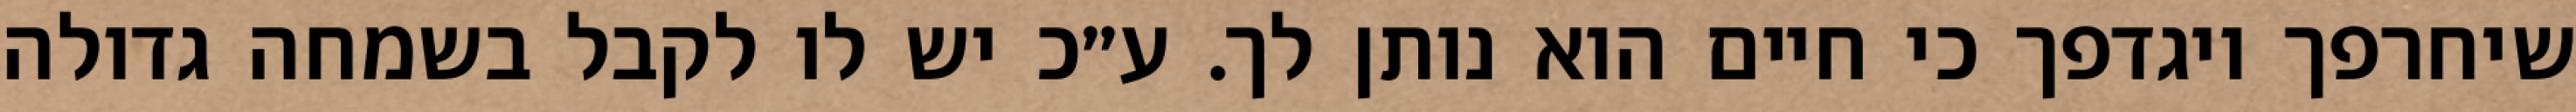
שיחרפך ויגדפך כי חיים הוא נותן לך. ע״כ יש לו לקבל בשמחה גדולה